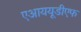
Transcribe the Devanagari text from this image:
एआययूडीएफ